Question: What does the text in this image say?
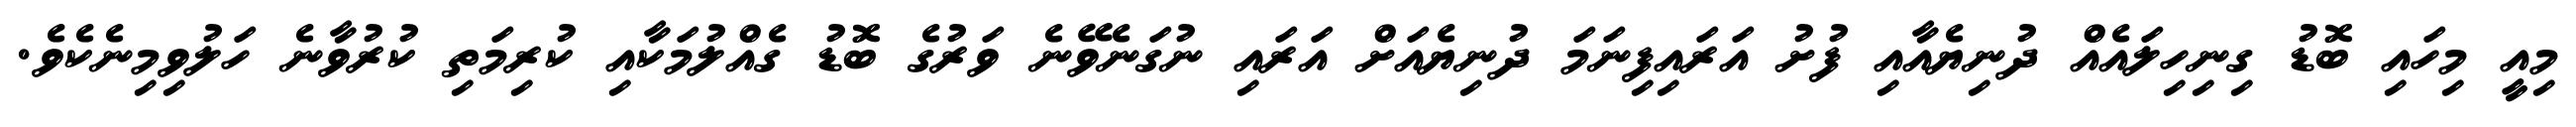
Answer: މިއީ މިހައި ބޮޑު ގިނިހިލައެއް ދުނިޔެއާއި ފުށު އަރައިފިނަމަ ދުނިޔެއަށް އަރައި ނުގަނެވޭނެ ވަރުގެ ބޮޑު ގެއްލުމަކާއި ކުރިމަތި ކުރުވާނެ ހަލުވިމިނެކެވެ.